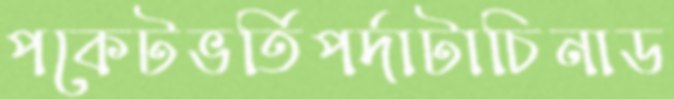
পকেটভর্তিপর্দাটাচিনাড